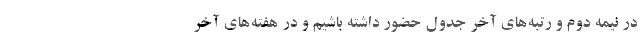
در نیمه دوم و رتبه‌های آخر جدول حضور داشته باشیم و در هفته‌های آخر